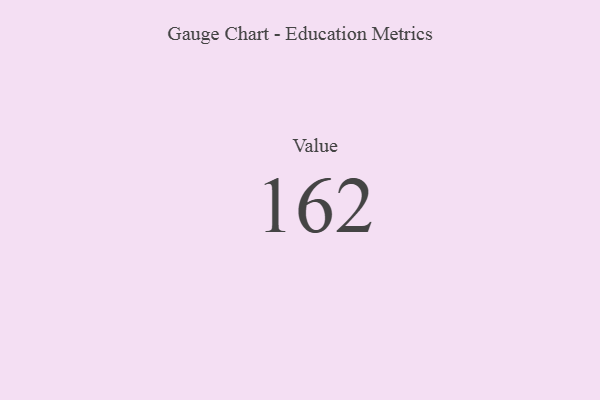
{"axis": {"x": "Metric", "y": "Value"}, "legend": [""], "data": [{"x": "Value", "y": 162, "type": ""}]}